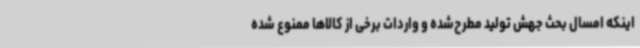
اینکه امسال بحث جهش تولید مطرح‌شده و واردات برخی از کالاها ممنوع شده